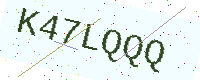
Text: K47LQQQ